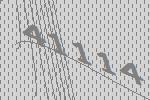
41114